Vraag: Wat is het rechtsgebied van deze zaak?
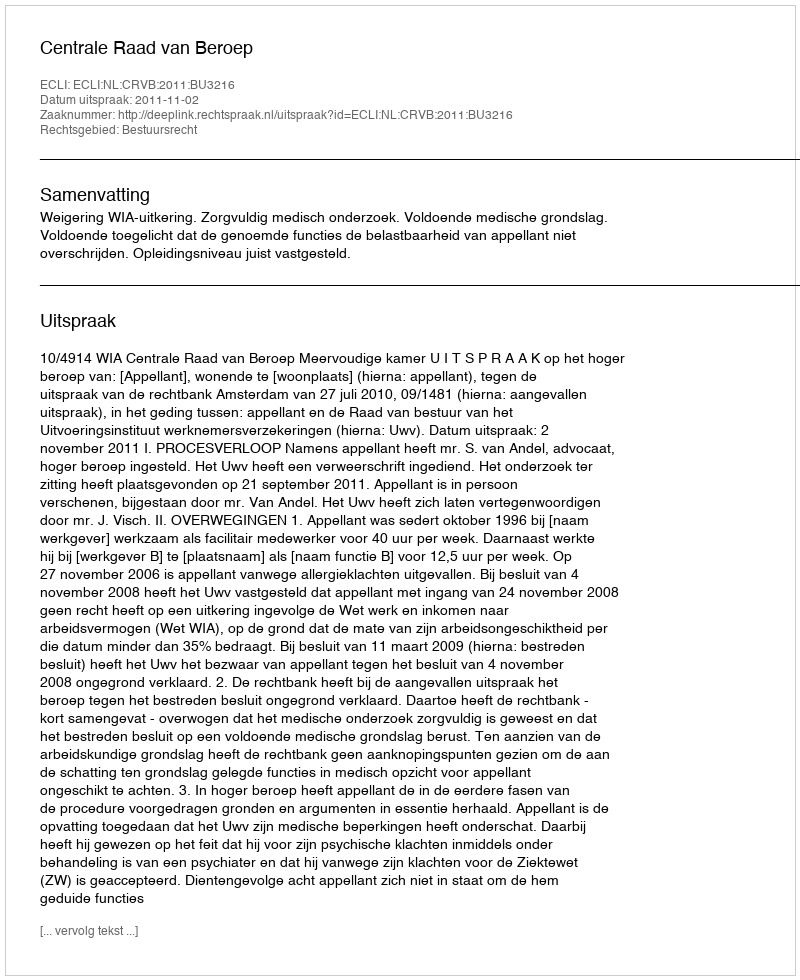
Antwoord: Bestuursrecht